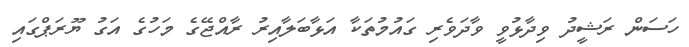
ހަސަން ރަޝީދު ވިދާޅުވީ ވާދަވެރި ގައުމުތަކާ އަޅާބަލާއިރު ރާއްޖޭގެ މަހުގެ އަގު ޔޫރަޕްގައި